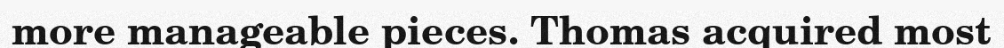
more manageable pieces. Thomas acquired most